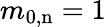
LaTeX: m_{0,\mathrm{n}}=1